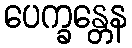
ပေက္ခန္တေန